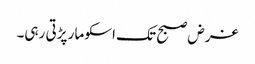
غرض صبح تک اسکو مار پڑتی رہی۔